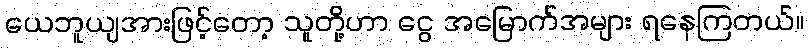
ယေဘူယျအားဖြင့်တော့ သူတို့ဟာ ငွေ အမြောက်အများ ရနေကြတယ်။